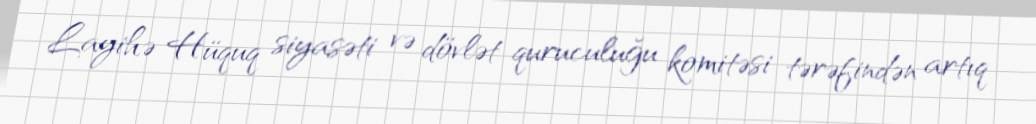
Layihə Hüquq siyasəti və dövlət quruculuğu komitəsi tərəfindən artıq